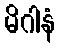
မိဂါနံ